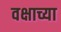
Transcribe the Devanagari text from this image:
वक्षाच्या